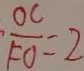
\frac { O C } { F O } = 2